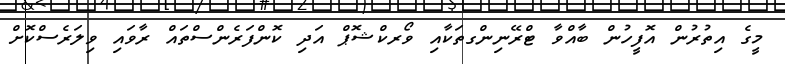
މީގެ އިތުރުން އޮފީހުން ބާއްވާ ޓްރޭނިންގތަކާއި ވޯރކްޝޮޕް އަދި ކޮންފަރެންސްތައް ރާވައި ވިލަރެސްކޮށް